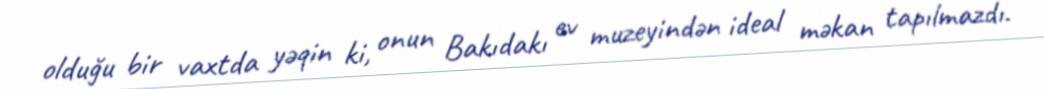
olduğu bir vaxtda yəqin ki, onun Bakıdakı ev muzeyindən ideal məkan tapılmazdı.